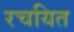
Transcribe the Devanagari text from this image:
रचयित